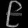
Digit: ၉